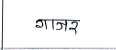
मजकूर: गाजर